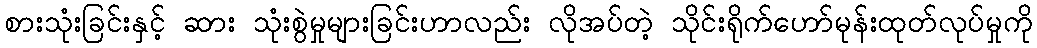
စားသုံးခြင်းနှင့် ဆား သုံးစွဲမှုများခြင်းဟာလည်း လိုအပ်တဲ့ သိုင်းရိုက်ဟော်မုန်းထုတ်လုပ်မှုကို